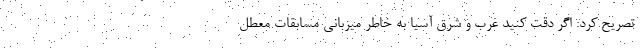
تصریح کرد: اگر دقت کنید غرب و شرق آسیا به خاطر میزبانی مسابقات معطل